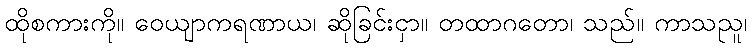
ထိုစကားကို။ ဝေယျာကရဏာယ၊ ဆိုခြင်းငှာ။ တထာဂတော၊ သည်။ ကာသညူ၊